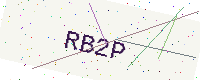
Text: RB2P